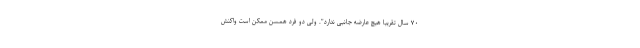
۷۰ سال تقریبا هیچ عارضه جانبی ندارد". ولی دو فرد همسن ممکن است واکنش